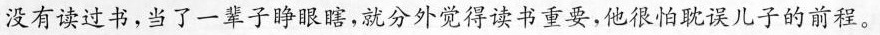
没有读过书，当了一辈子睁眼瞎，就分外觉得读书重要，他很怕耽误儿子的前程。